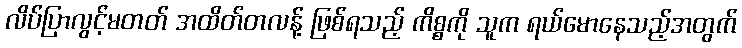
လိပ်ပြာလွင့်မတတ် အထိတ်တလန့် ဖြစ်ရသည့် ကိစ္စကို သူက ရယ်မောနေသည့်အတွက်